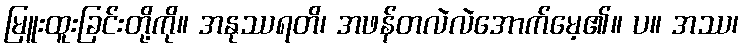
မြူးထူးခြင်းတို့ကို။ အနုဿရတိ၊ အဖန်တလဲလဲအောက်မေ့၏။ ပ။ အဿ၊